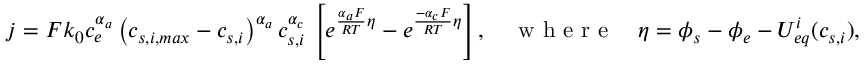
j = F k _ { 0 } c _ { e } ^ { \alpha _ { a } } \left( c _ { s , i , m a x } - c _ { s , i } \right) ^ { \alpha _ { a } } c _ { s , i } ^ { \alpha _ { c } } \, \left[ e ^ { \frac { \alpha _ { a } F } { R T } \eta } - e ^ { \frac { - \alpha _ { c } F } { R T } \eta } \right] , \quad \textrm { w h e r e } \quad \eta = \phi _ { s } - \phi _ { e } - { U _ { e q } ^ { i } } ( c _ { s , i } ) ,